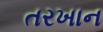
તરખાન